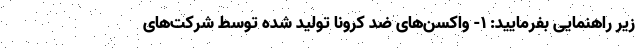
زیر راهنمایی بفرمایید: ۱- واکسن‌های ضد کرونا تولید شده توسط شرکت‌های